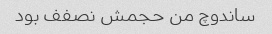
ساندوچ من حجمش نصفف بود